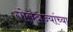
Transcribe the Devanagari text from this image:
गोलंदाज्यांच्या